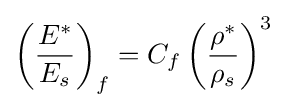
\left({\frac {E^{*}}{E_{s}}}\right)_{f}=C_{f}\left({\frac {\rho ^{*}}{\rho _{s}}}\right)^{3}